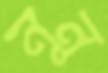
নূন